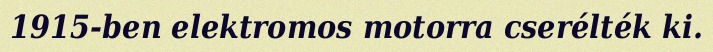
1915-ben elektromos motorra cserélték ki.